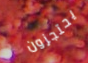
يحتجزون